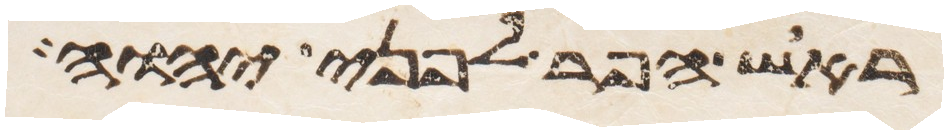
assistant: ראש הפר לפני יהוה